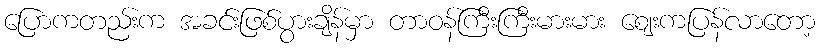
ပြောကတည်းက အခင်းဖြစ်ပွားချိန်မှာ တာဝန်ကြီးကြီးမားမား ဈေးကပြန်လာတော့